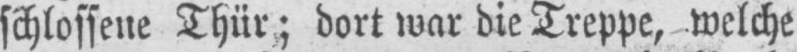
schlossene Thür; dort war die Treppe, welche